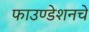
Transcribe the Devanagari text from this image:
फाउण्डेशनचे